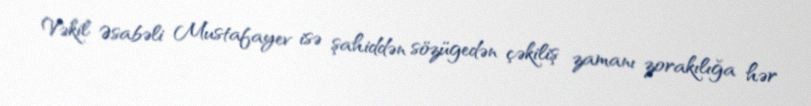
Vəkil Əsabəli Mustafayev isə şahiddən sözügedən çəkiliş zamanı zorakılığa hər